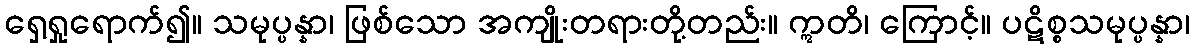
ရှေ့ရှုရောက်၍။ သမုပ္ပန္နာ၊ ဖြစ်သော အကျိုးတရားတို့တည်း။ ဣတိ၊ ကြောင့်။ ပဋိစ္စသမုပ္ပန္နာ၊